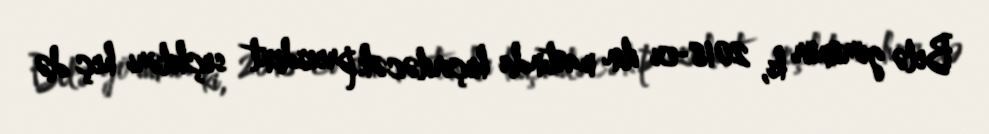
Belə görünür ki, 2018-ci ilin martında keçiriləcək prezident seçkiləri heç də